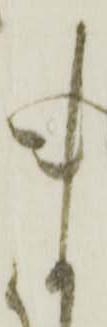
ま